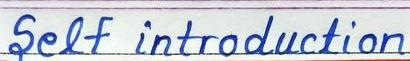
Self introduction